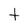
Character: t